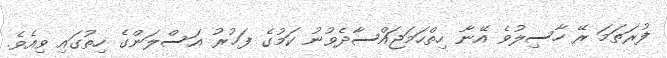
ފުރަތަމަ ރޭ ހާސިލުވެ އޭނާ ހިތްހަމަޖައްސާދެވުނު ކަމުގެ ފަޚުރު އަސްލަންގެ ހިތުގައި ވިއެވެ.